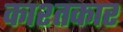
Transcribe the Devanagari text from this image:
काश्‍तकार